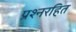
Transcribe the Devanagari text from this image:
प्रश्नरहित